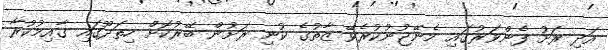
އަދި ރަށު ފެންވަރުގައި މެނޭޖުނުކުރެވޭ ޒާތުގެ ކުނި ރަށުން ބޭރުކޮށް ހިތަދޫގައި ގާއިމުކުރާ